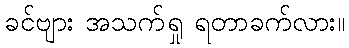
ခင်ဗျား အသက်ရှု ရတာခက်လား။